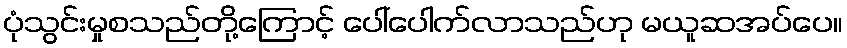
ပုံသွင်းမှုစသည်တို့ကြောင့် ပေါ်ပေါက်လာသည်ဟု မယူဆအပ်ပေ။